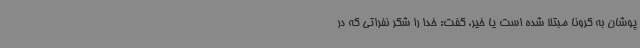
پوشان به کرونا مبتلا شده است یا خیر، گفت: خدا را شکر نفراتی که در